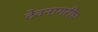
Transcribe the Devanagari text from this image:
देवनागरीच